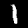
Digit: 1